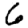
Digit: 6